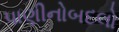
પાણીનોબદલો